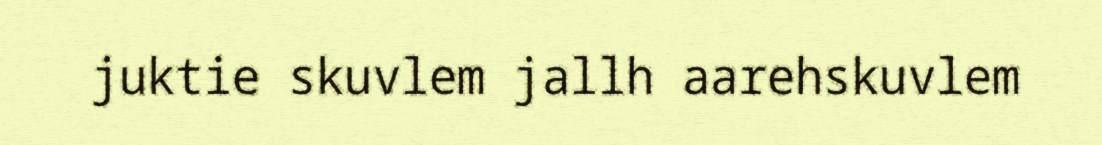
juktie skuvlem jallh aarehskuvlem